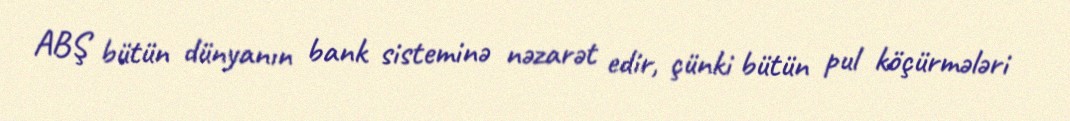
ABŞ bütün dünyanın bank sisteminə nəzarət edir, çünki bütün pul köçürmələri